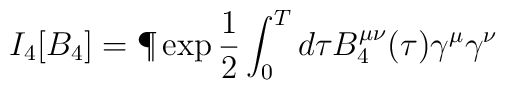
I_4[B_4] = \P \exp \frac{1}{2} \int^T_0 d\tau B^{\mu\nu}_4(\tau) \gamma^{\mu}\gamma^{\nu}